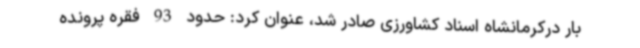
بار درکرمانشاه اسناد کشاورزی صادر شد، عنوان کرد: حدود 93 فقره پرونده